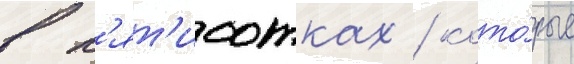
в п'ят'исотках / кото́рые